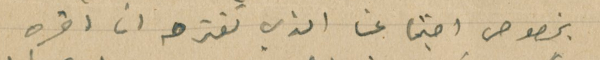
بخصوص اجتماعنا الذي تقترحه انا اقره